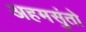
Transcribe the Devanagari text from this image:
अहमसुंतो